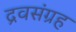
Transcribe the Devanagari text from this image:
द्रवसंग्रह